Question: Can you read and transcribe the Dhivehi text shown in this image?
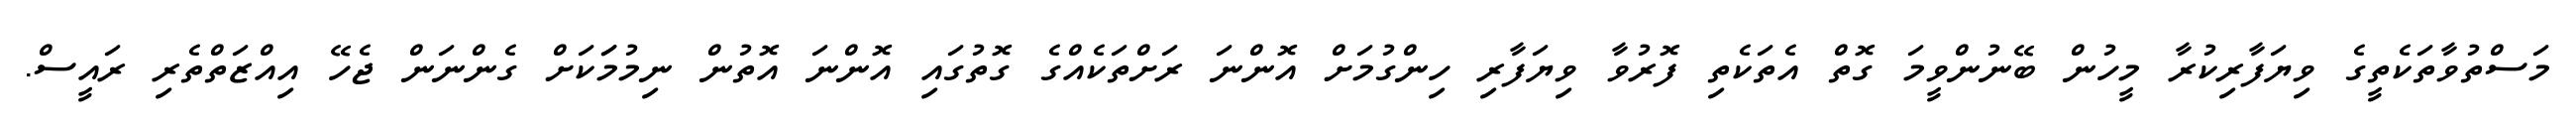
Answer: މަސްތުވާތަކެތީގެ ވިޔަފާރިކުރާ މީހުން ބޭނުންވީމަ ގޮތް އެތަކެތި ފޮރުވާ ވިޔަފާރި ހިންގުމަށް އޮންނަ ރަށްތަކެއްގެ ގޮތުގައި އޮންނަ އޮތުން ނިމުމަަކަށް ގެންނަން ޖެހޭ އިއްޒަތްތެރި ރައީސް.